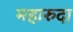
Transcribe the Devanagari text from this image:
महारुदा